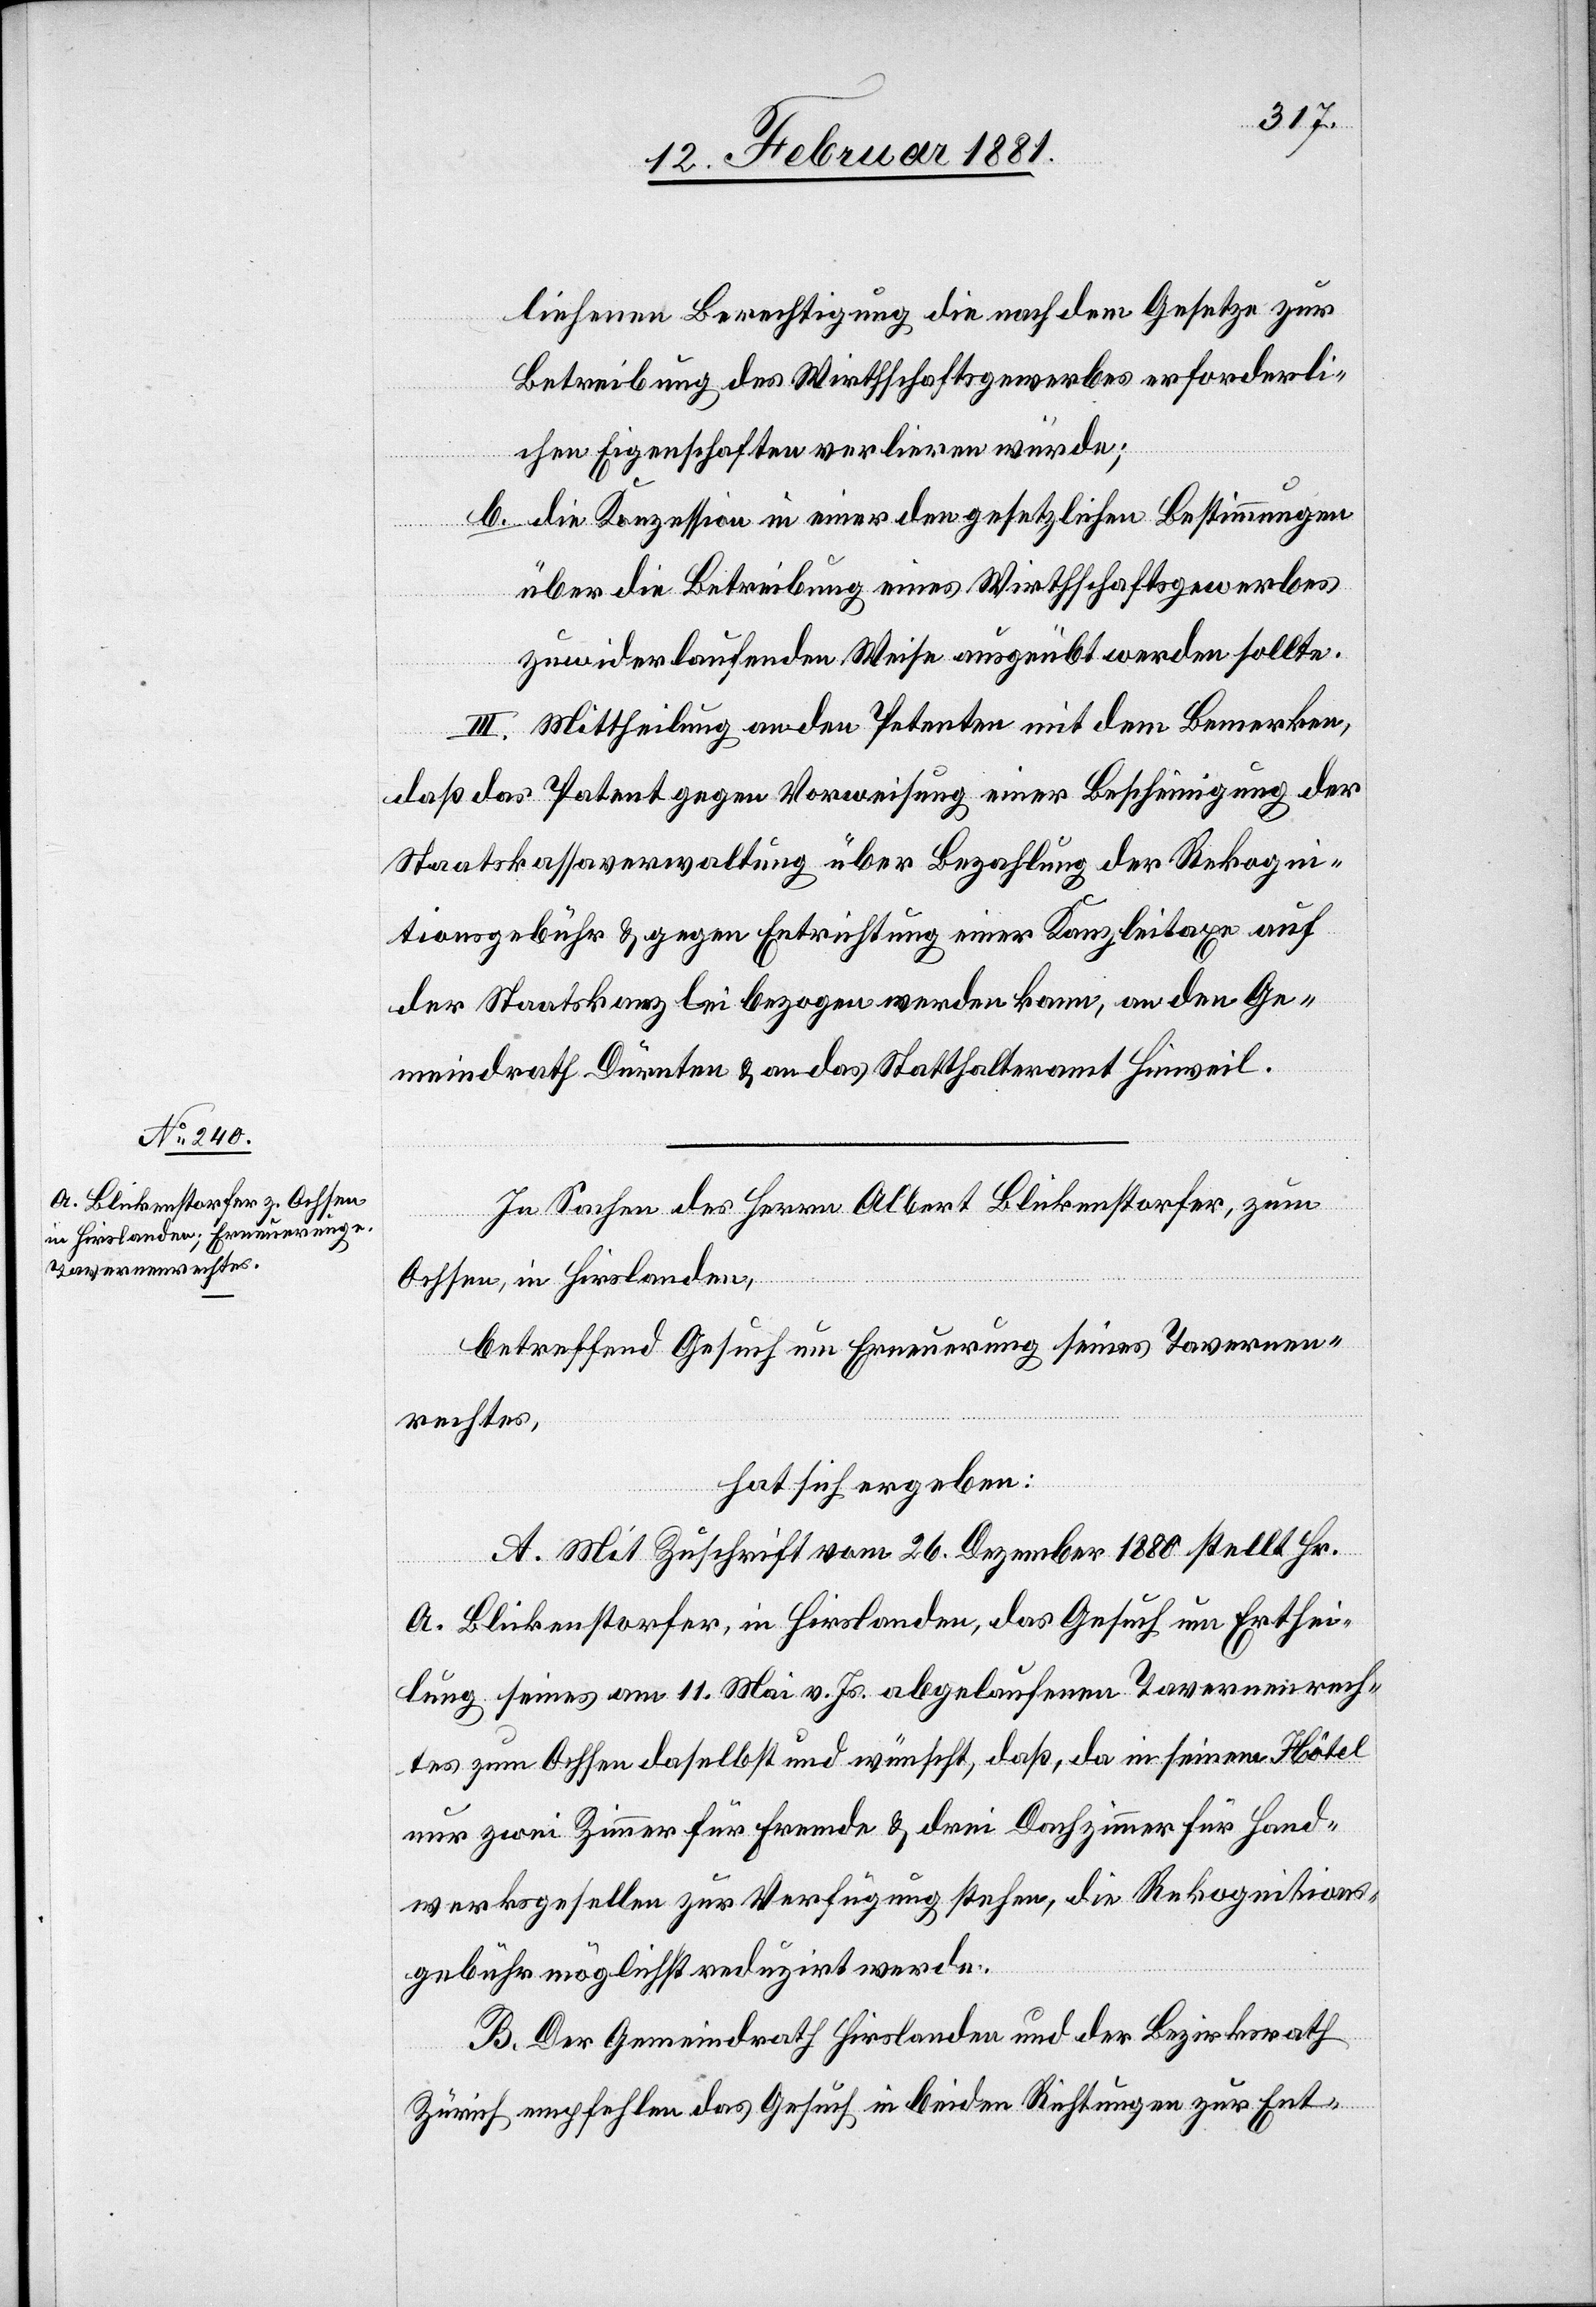
liehenen Berechtigung die nach dem Gesetze zur
Betreibung des Wirthschaftsgewerbes erforderli¬
chen Eigenschaften verlieren würde;
b. die Konzession in einer den gesetzlichen Bestimmungen
über die Betreibung eine Wirthschaftsgewerbes
zuwiderlaufende Weise ausgeübt werden sollte.
III. Mittheilung an den Petenten mit dem Bemerken,
daß das Patent gegen Vorweisung eine Bescheinigung der
Staatskassaverwaltung über Bezahlung der Rekogni¬
tionsgebühr & gegen Entrichtung einer Kanzleitaxe auf
der Staatskanzlei bezogen werden kann, an den Ge¬
meindrath Dürnten & an das Statthalteramt Hinweil.
In Sachen des Herrn Albert Blickenstorfer, zum
Ochsen, in Hirslanden,
betreffend Gesuch um Erneuerung seines Tavernen¬
rechtes,
hat sich ergeben:
A. Mit Zuschrift vom 26. Dezember 1880 stellt Hr.
A. Blickenstorfer, in Hirslanden, das Gesuch um Erthei¬
lung seines am 11. Mai v. Js. abgelaufenen Tavernenrech¬
tes zum Ochsen daselbst und wünscht, daß, da in seinem Hôtel
nur zwei Zimmer für Fremde & drei Dachzimmer für Hand¬
werksgesellen zur Verfügung stehen, die Rekognitions¬
gebühr möglichst reduzirt werde.
B. Der Gemeindrath Hirslanden und der Bezirksrath
Zürich empfehlen das Gesuch in beiden Richtungen zur Ent-